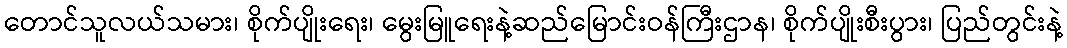
တောင်သူလယ်သမား၊ စိုက်ပျိုးရေး၊ မွေးမြူရေးနဲ့ဆည်မြောင်းဝန်ကြီးဌာန၊ စိုက်ပျိုးစီးပွား၊ ပြည်တွင်းနဲ့